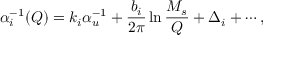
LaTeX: \alpha _ { i } ^ { - 1 } ( Q ) = k _ { i } \alpha _ { u } ^ { - 1 } + \frac { b _ { i } } { 2 \pi } \ln \frac { M _ { s } } { Q } + \Delta _ { i } + \cdots ,